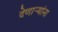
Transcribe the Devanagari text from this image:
देणार्‍यांना